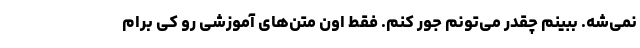
نمی­شه. ببینم چقدر می­تونم جور کنم. فقط اون متن­های آموزشی رو کی برام